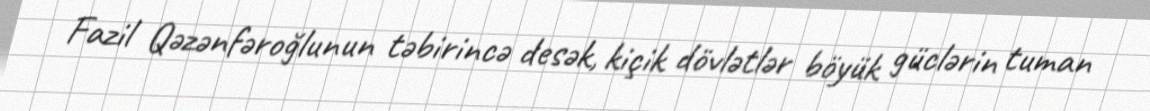
Fazil Qəzənfəroğlunun təbirincə desək, kiçik dövlətlər böyük güclərin tuman